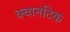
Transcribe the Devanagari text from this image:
क्वानटिक